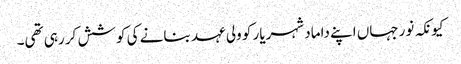
کیونکہ نورجہاں اپنے داماد شہریار کو ولی عہد بنانے کی کوشش کر رہی تھی۔